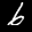
Label: 6